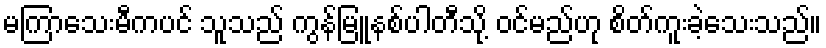
မကြာသေးမီကပင် သူသည် ကွန်မြူနစ်ပါတီသို့ ဝင်မည်ဟု စိတ်ကူးခဲ့သေးသည်။